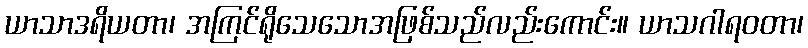
ယာသာဒရိယတာ၊ အကြင်ရိုသေသောအဖြစ်သည်လည်းကောင်း။ ယာသဂါရဝတာ၊